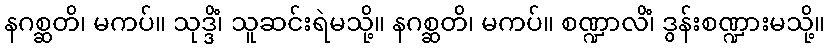
နဂစ္ဆတိ၊ မကပ်။ သုဒ္ဒိံ၊ သူဆင်းရဲမသို့။ နဂစ္ဆတိ၊ မကပ်။ စဏ္ဍာလိံ၊ ဒွန်းစဏ္ဍားမသို့။